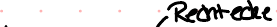
Rechtecke